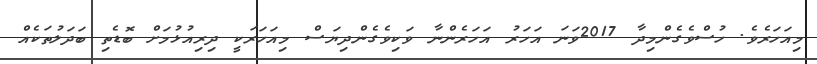
މިއަހަރެވެ. ހުސްވެގެންމިދާ 2017ވަނަ އަހަރު އަހަރެންނާ ވަކިވެގެންދިޔަސް މިއަހަރަކީ ދިރިއުޅުމަށް ބޮޑެތި ބަދަލުތަކެއް